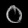
Digit: ၀